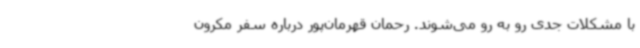
با مشکلات جدی رو به رو می‌شوند. رحمان قهرمان‌پور درباره سفر مکرون